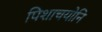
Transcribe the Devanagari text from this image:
पिशाचयोनि